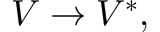
V \to V ^ { * } ,